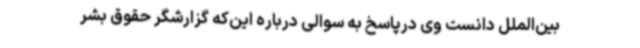
بین‌الملل دانست وی درپاسخ به سوالی درباره این‌که گزارشگر حقوق بشر